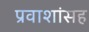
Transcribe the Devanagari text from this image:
प्रवाशांसह